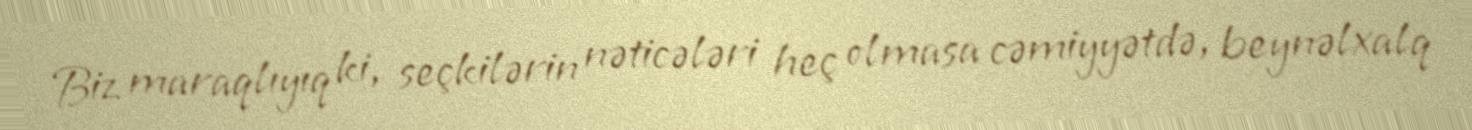
Biz maraqlıyıq ki, seçkilərin nəticələri heç olmasa cəmiyyətdə, beynəlxalq